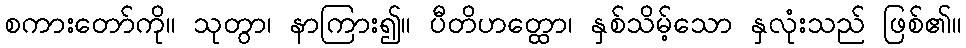
စကားတော်ကို။ သုတွာ၊ နာကြား၍။ ပီတိဟတ္ထော၊ နှစ်သိမ့်သော နှလုံးသည် ဖြစ်၏။